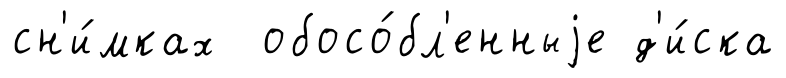
сн'и́мках обосо́бл'енныjе д'и́ска